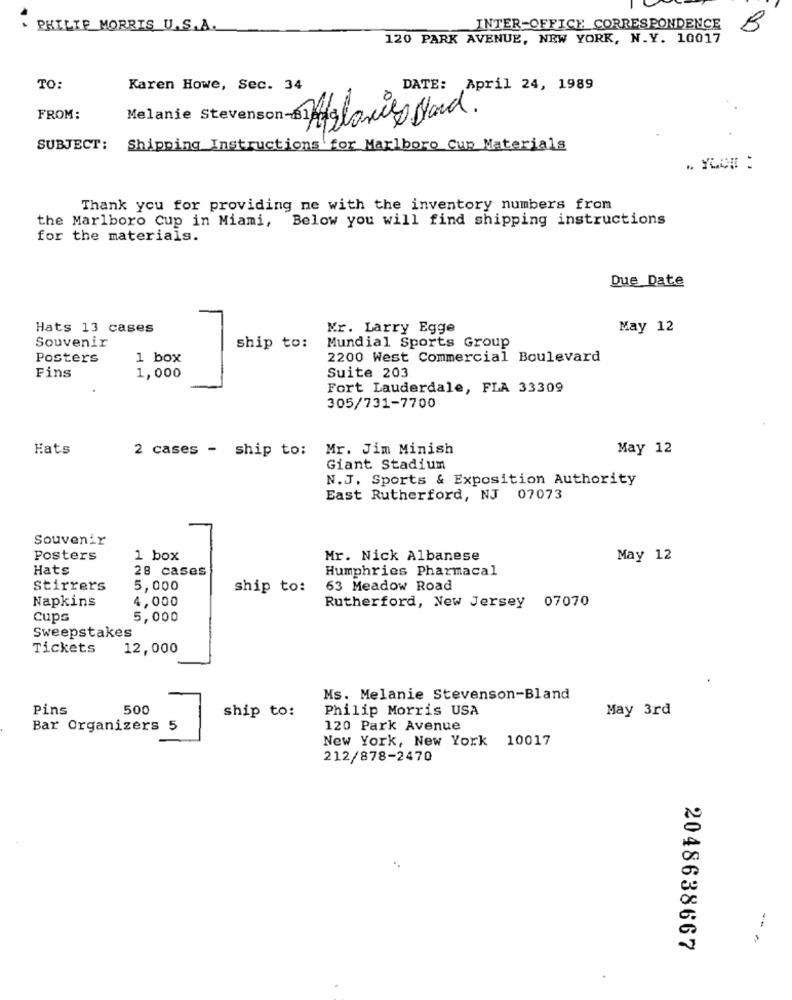
PHILIP MORRIS U.S.A.
INTER-OFFICE CORRESPONDENCE
B
120 PARK AVENUE, NEW YORK, N.Y. 10017
TO:
Karen Howe, Sec. 34
DATE: April 24, 1989
FROM:
Aglories tard.
SUBJECT: Shipping Instructions for Marlboro Cup Materials
Thank you for providing ne with the inventory numbers from
the Marlboro Cup in Miami, Below you will find shipping instructions
for the materials.
Due Date
Hats 13 cases
Mr. Larry Egge
May 12
Souvenir
ship to:
Mundial Sports Group
Posters
1 box
2200 West Commercial Boulevard
Fins
Suite 203
1,000
Fort Lauderdale, FLA 33309
305/731-7700
Hats
2 cases - ship to: Mr. Jim Minish
May 12
Giant stadium
N.J. Sports & Exposition Authority
East Rutherford, NJ 07073
Souvenir
Posters
1 box
Mr. Nick Albanese
May 12
Hats
28 cases
Humphries Pharmacal
Stirrers
5,000
ship to:
63 Meadow Road
Napkins
4,000
Rutherford, New Jersey 07070
Cups
5,000
Sweepstakes
Tickets
12,000
Ms. Melanie Stevenson-Bland
Pins
500
ship to:
Philip Morris USA
May 3rd
Bar Organizers 5
120 Park Avenue
New York, New York 10017
212/878-2470
2048638667